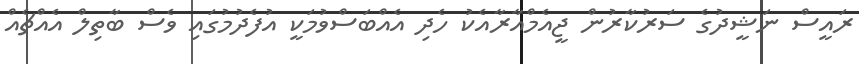
ރައީސް ނަޝީދުގެ ސަރުކާރުން ޖީއެމްއާރާއެކު ހެދި އެއްބަސްވުމަކީ އުފެދުމުގައި ވެސް ބާތިލް އެއްޗެއް